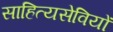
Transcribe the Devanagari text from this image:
साहित्यसेवियों